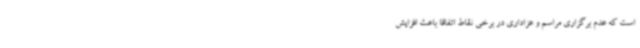
است که عدم برگزاری مراسم و عزاداری در برخی نقاط اتفاقا باعث افزایش